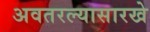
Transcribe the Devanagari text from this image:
अवतरल्यासारखे